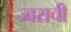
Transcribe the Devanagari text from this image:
ज्वराची